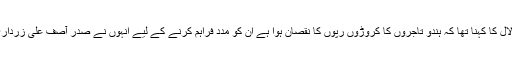
صوبائی وزیر موھن لال کا کہنا تھا کہ ہندو تاجروں کا کروڑوں رپوں کا نقصان ہوا ہے ان کو مدد فراہم کرنے کے لیے انہوں نے صدر آصف علی زرداری کو گذارش کی ہے۔